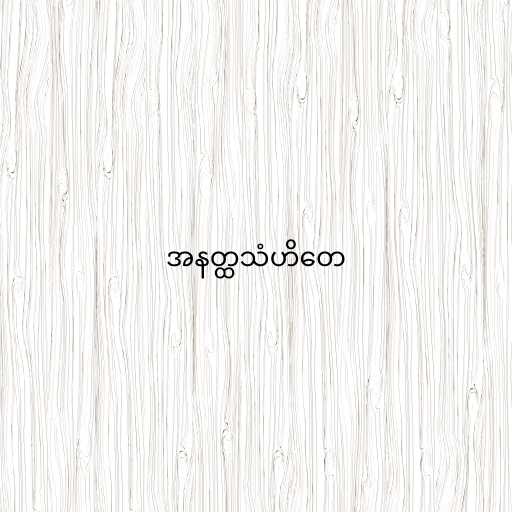
အနတ္ထသံဟိတေ